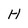
Character: H